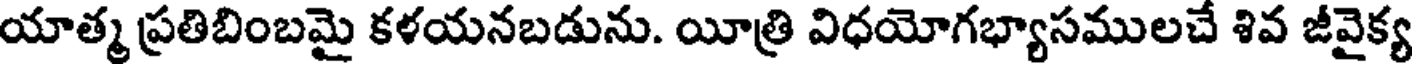
యాత్మ ప్రతిబింబమై కళయనబడును. యీత్రి విధయోగభ్యాసములచే శివ జీవైక్య